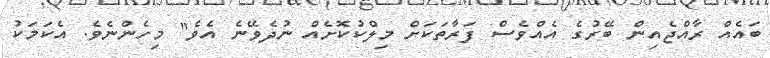
ބައެއް ރާއްޖެއިން ބޭރުގެ އެއްވެސް ފަަރާތަކަށް މިލްކުކޮށެއް ނުދެވޭނެ އެވެ" މިހެންނެވެ. އެކަމަކު